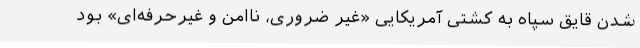
شدن قایق‌ سپاه به کشتی آمریکایی «غیر ضروری، ناامن و غیرحرفه‌ای» بود